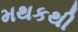
મથકથી